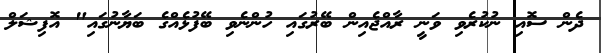
ދެން ސޮއި ނުކުރެވި ވަނީ ރާއްޖެއިން ބޭރުގައި ހުންނެވި ބޭފުޅެއްގެ ބަޔާނުގައި" އޮފިޝަލް